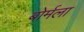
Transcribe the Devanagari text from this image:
बोर्मला